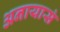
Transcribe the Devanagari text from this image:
अनायासं